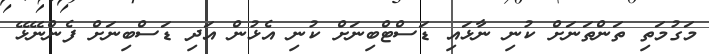
މަގުމަތި ތަންތަނަށް ކުނި ނާޅައި ޑަސްޓްބިނަށް ކުނި އެޅުން އަދި ޑަސްބިނަށް ފެންނޭޅޭ